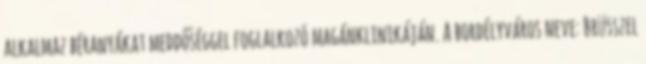
alkalmaz béranyákat meddőséggel foglalkozó magánklinikáján. A bordélyváros neve: Brüsszel